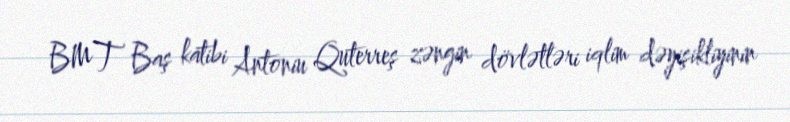
BMT Baş katibi Antoniu Quterreş zəngin dövlətləri iqlim dəyişikliyinin